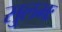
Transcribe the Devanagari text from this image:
सुलभः